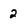
Character: 2